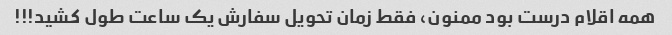
همه اقلام درست بود ممنون‌، فقط زمان تحویل سفارش یک ساعت طول کشید!!!